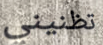
تظنيني